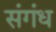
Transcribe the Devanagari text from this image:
संगंध